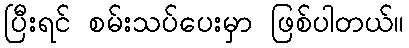
ပြီးရင် စမ်းသပ်ပေးမှာ ဖြစ်ပါတယ်။